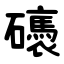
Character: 䃵